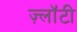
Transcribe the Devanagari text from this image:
ज़्लॉटी